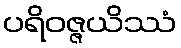
ပရိဝဇ္ဇယိဿံ